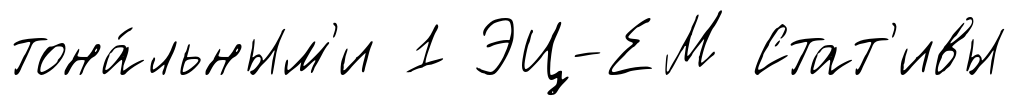
тона́льным'и 1 ЭЦ-ЕМ Стат'ивы